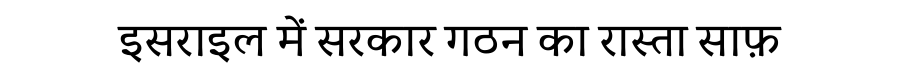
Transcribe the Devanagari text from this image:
इसराइल में सरकार गठन का रास्ता साफ़